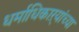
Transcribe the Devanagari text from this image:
धर्माधिकाऱ्यांच्या